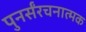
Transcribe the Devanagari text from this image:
पुनर्संरचनात्मक